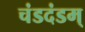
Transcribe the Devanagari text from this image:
चंडदंडम्